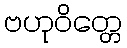
ဗဟုဝိတ္တေ